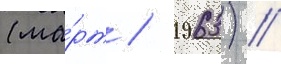
(ма́рт / 1963) //